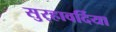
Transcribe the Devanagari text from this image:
सुर्‍हावर्दिया